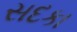
સદકા